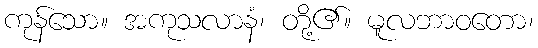
ကုန်သော။ အကုသလာနံ၊ တို့၏။ မူလဘာဝတော၊